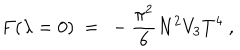
{ } F ( \lambda = 0 ) ~ = ~ - \frac { \pi ^ { 2 } } { 6 } N ^ { 2 } V _ { 3 } T ^ { 4 } \ ,